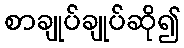
စာချုပ်ချုပ်ဆို၍